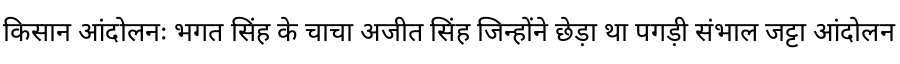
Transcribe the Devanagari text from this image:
किसान आंदोलनः भगत सिंह के चाचा अजीत सिंह जिन्होंने छेड़ा था पगड़ी संभाल जट्टा आंदोलन